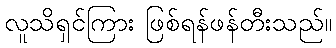
လူသိရှင်ကြား ဖြစ်ရန်ဖန်တီးသည်။